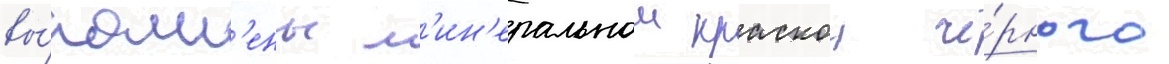
вы́полн'ены м'ин'еральнои краскои чё́рного